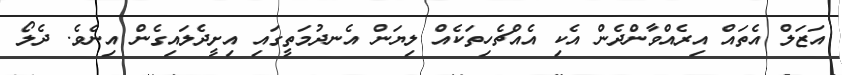
އަޒަލް އެތައް އިރެއްވާންދެން އެކި އެއްޗެހިތަކެއް ލިޔަން އެނދުމަތީގައި އިށީދެލައިގެން އިނެވެ. ދެލޯ